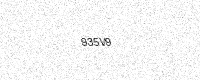
Text: 935V9